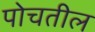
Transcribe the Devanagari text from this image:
पोचतील